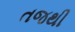
તજથી